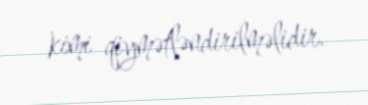
kimi qiymətləndirilməlidir.